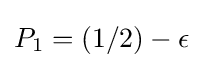
P_{1}=(1/2)-\epsilon